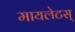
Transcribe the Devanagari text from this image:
मायलेटस्